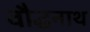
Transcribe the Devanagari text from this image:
वौद्धनाथ